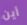
أين